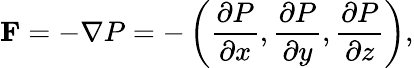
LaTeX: \mathbf{F}=-\nabla P=-\left({\frac{\partial P}{\partial x}},{\frac{\partial P}{\partial y}},{\frac{\partial P}{\partial z}}\right),